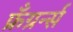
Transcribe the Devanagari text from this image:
फ्रँग्रर्न्स